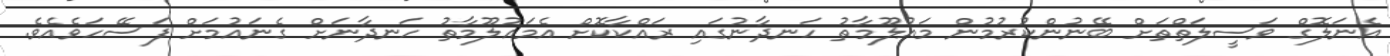
އެނަލޮގް ވަސީލަތްތަށް ބޭނުންކުރުމުން މައުލޫމާތު ހަނދާނުގައި ރައްކާކޮށް އެމައުލޫމާތު ހަނދާނަށް ގެނައުމަށް ފަސޭހަވެއެވެ.